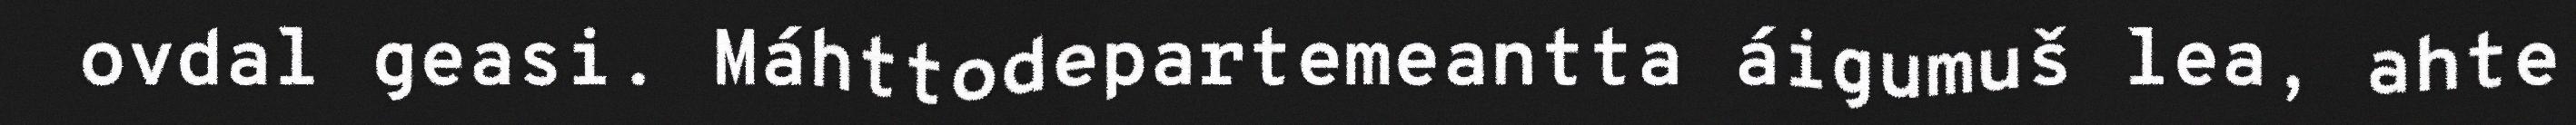
ovdal geasi. Máhttodepartemeantta áigumuš lea, ahte